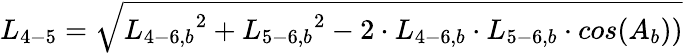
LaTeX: {L_{4-5}}=\sqrt{{L_{4-6,b}}^{2}+{L_{5-6,b}}^{2}-2\cdot{L_{4-6,b}}\cdot{L_{5-6,b}}\cdot cos({A_{b}}))}